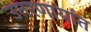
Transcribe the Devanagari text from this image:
उतरणार्यात